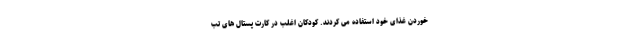
خوردن غذای خود استفاده می کردند. کودکان اغلب در کارت پستال های تب